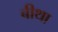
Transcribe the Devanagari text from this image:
बीथा